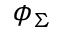
\phi _ { \Sigma }